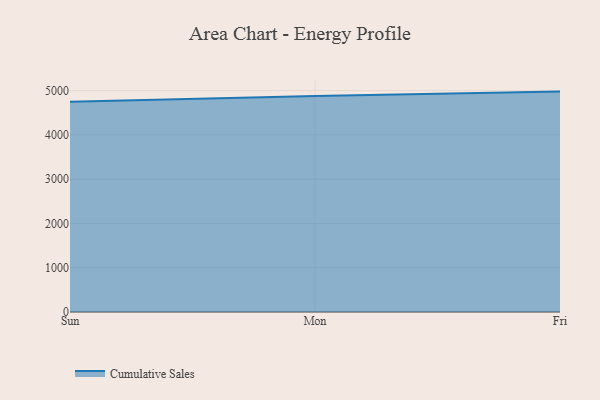
{"axis": {"x": "Day", "y": "Customer Acquisition Cost (USD)"}, "legend": ["Cumulative Sales"], "data": [{"x": "Sun", "y": 4749.4, "type": "Cumulative Sales"}, {"x": "Mon", "y": 4879.4, "type": "Cumulative Sales"}, {"x": "Fri", "y": 4977.5, "type": "Cumulative Sales"}]}